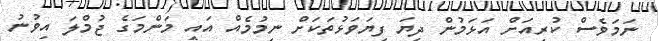
ނަމަވެސް ކުރިއަށް އަޅަމުން ދިޔަ ފިޔަވަޅުތަކަށް ނިމުމެއް އައީ މަންމަގެ ޖުމްލަ އިވުނު